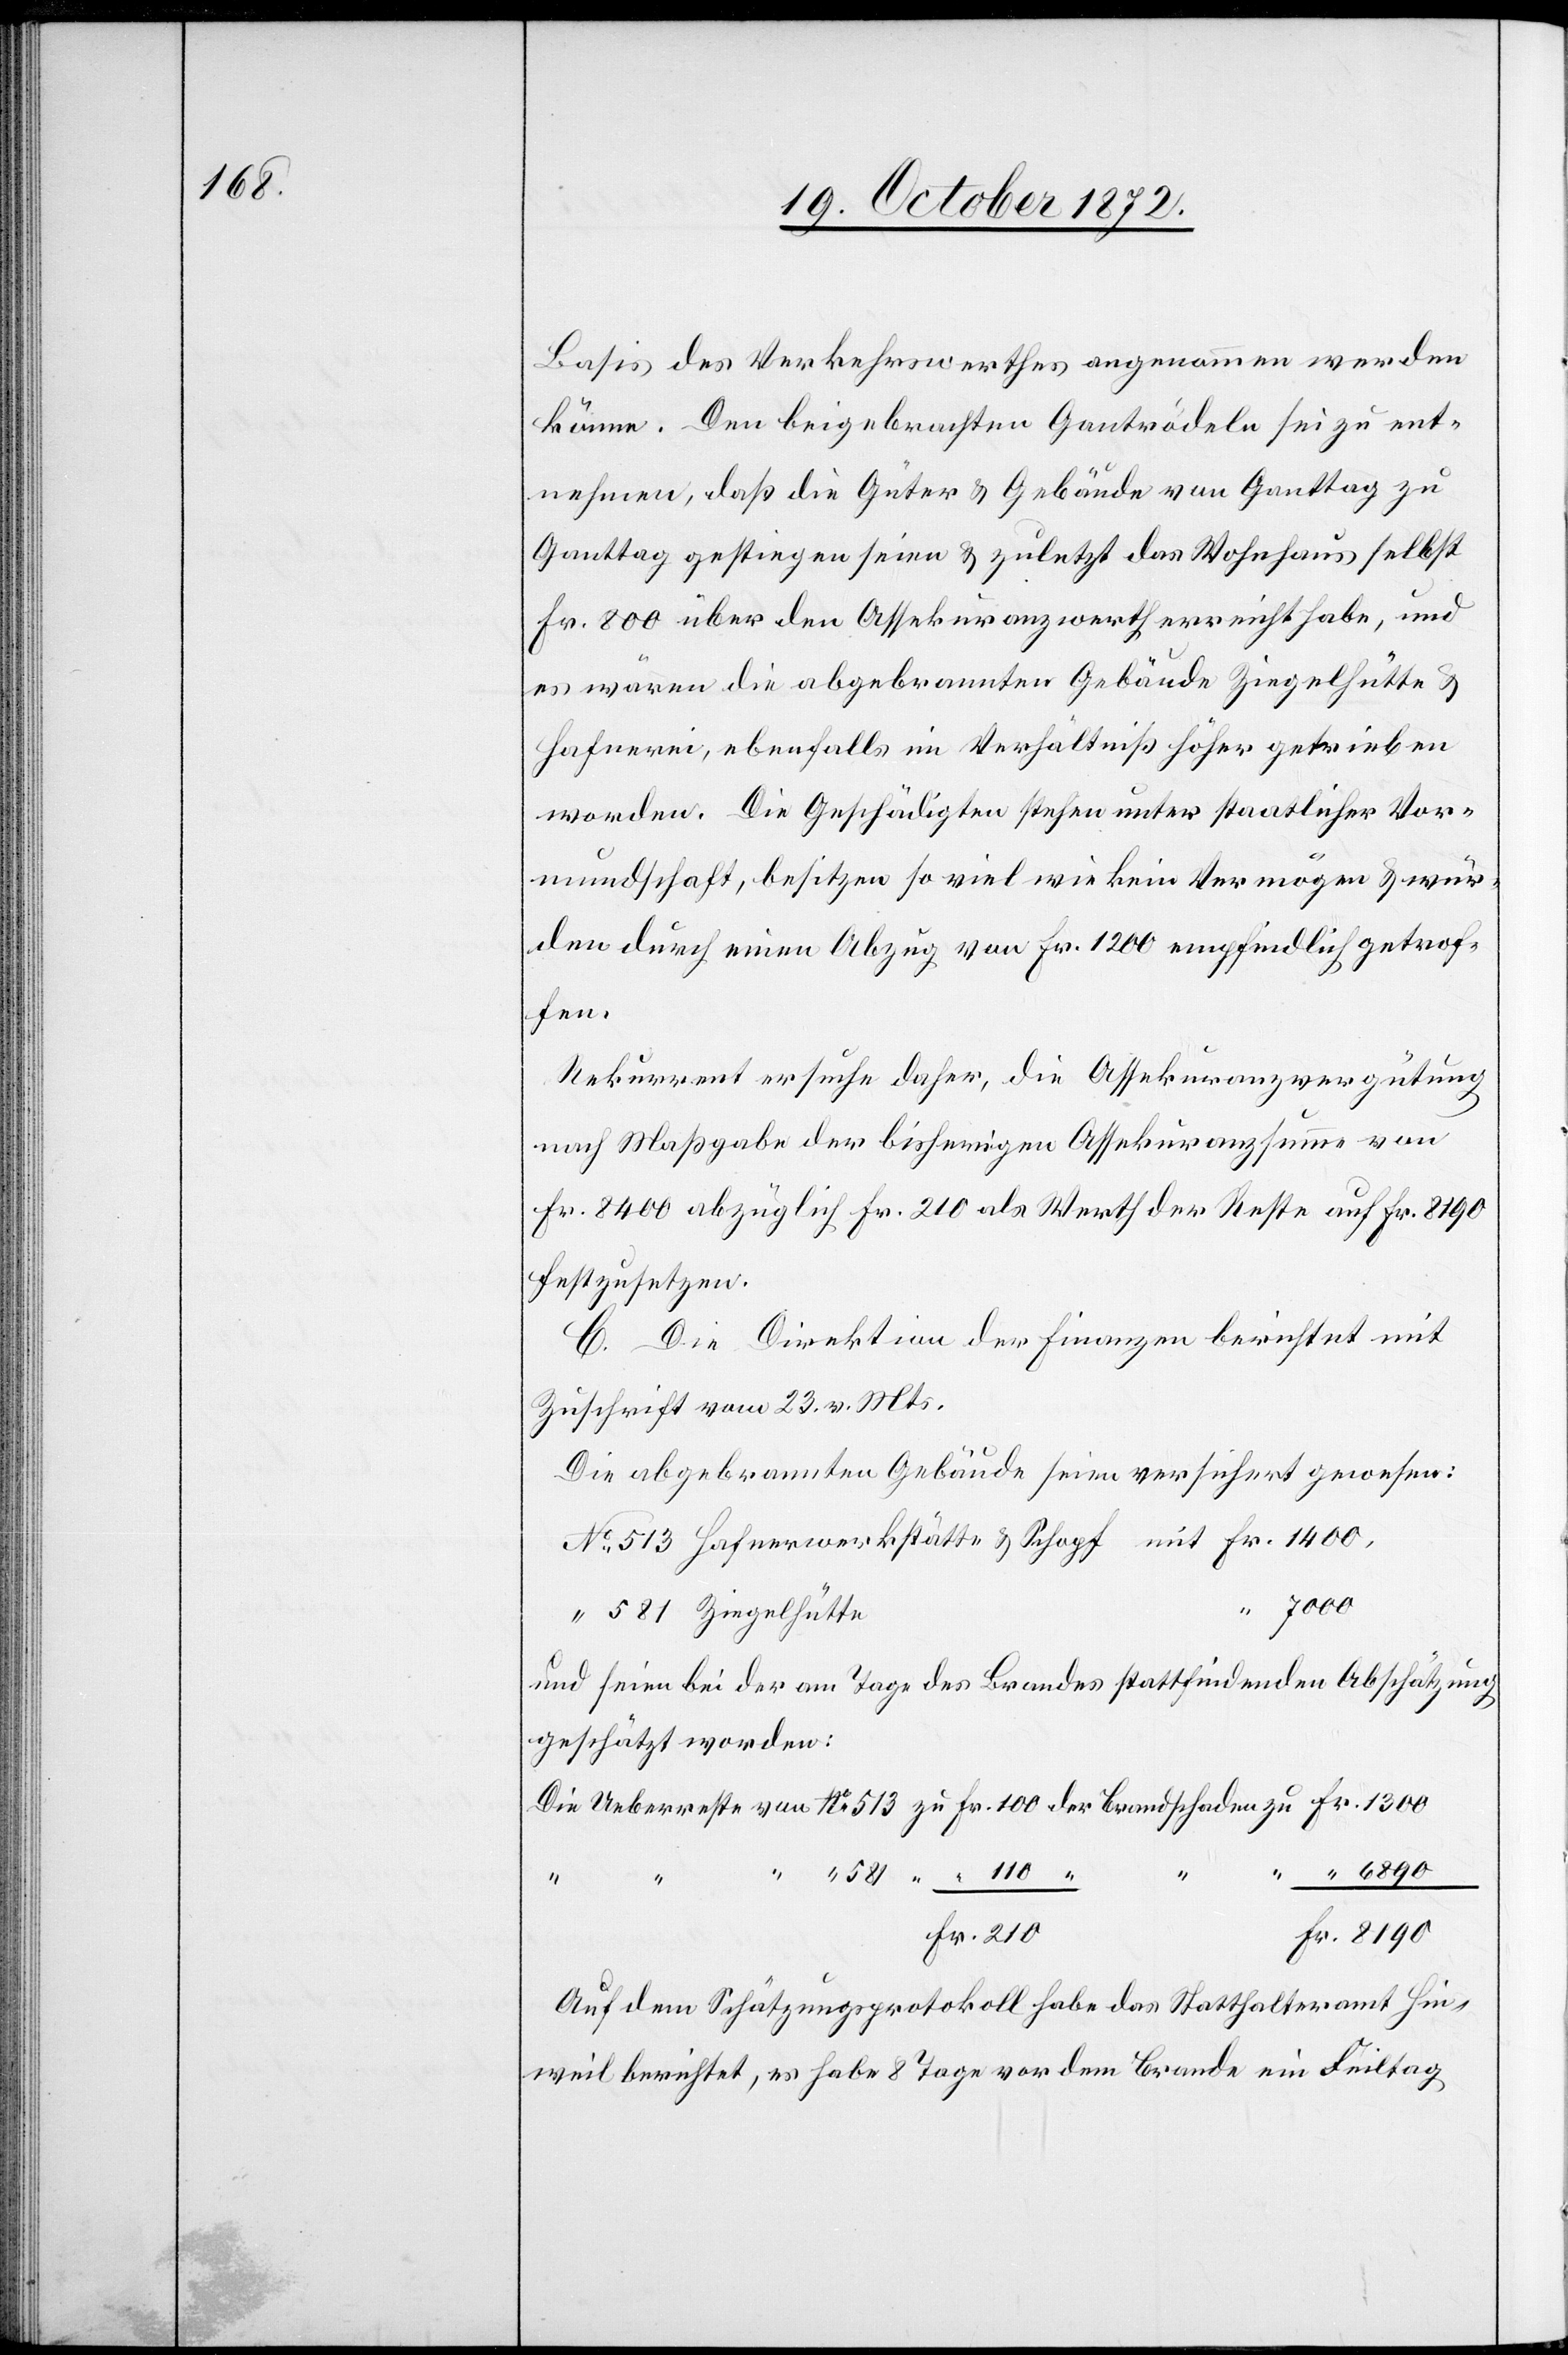
1300

Basis des Verkehrswerthes angenommen werden
könne. Den beigebrachten Gantrödeln sei zu ent¬
nehmen, daß die Güter u. Gebäude von Ganttag zu
Ganttag gestiegen seien u. zuletzt das Wohnhaus selbst
Fr. 800 über den Assekuranzwerth erreicht habe, und
es wären die abgebrannten Gebäude Ziegelhütte u.
Hafnerei, ebenfalls im Verhältniß höher getrieben
worden. Die Geschädigten stehen unter staatlicher Vor¬
mundschaft, besitzen so viel wie kein Vermögen u. wür¬
den durch einen Abzug von Fr. 1200 empfindlich getrof¬
fen.
Rekurrent ersuche daher, die Assekuranzvergütung
nach Maßgabe der bisherigen Assekuranzsumme von
Fr. 8400 abzüglich Fr. 210 als Werth der Reste auf Fr. 8190
festzusetzen.
C. Die Direktion der Finanzen berichtet mit
Zuschrift vom 23. v. Mts.
Die abgebrannten Gebäude seien versichert gewesen:
und seien bei der am Tage des Brandes stattfindenden Abschätzung
geschätzt worden:
Auf dem Schätzungsprotokoll habe das Statthalteramt Hin¬
weil berichtet, es habe 8 Tage vor dem Brande ein Feiltag